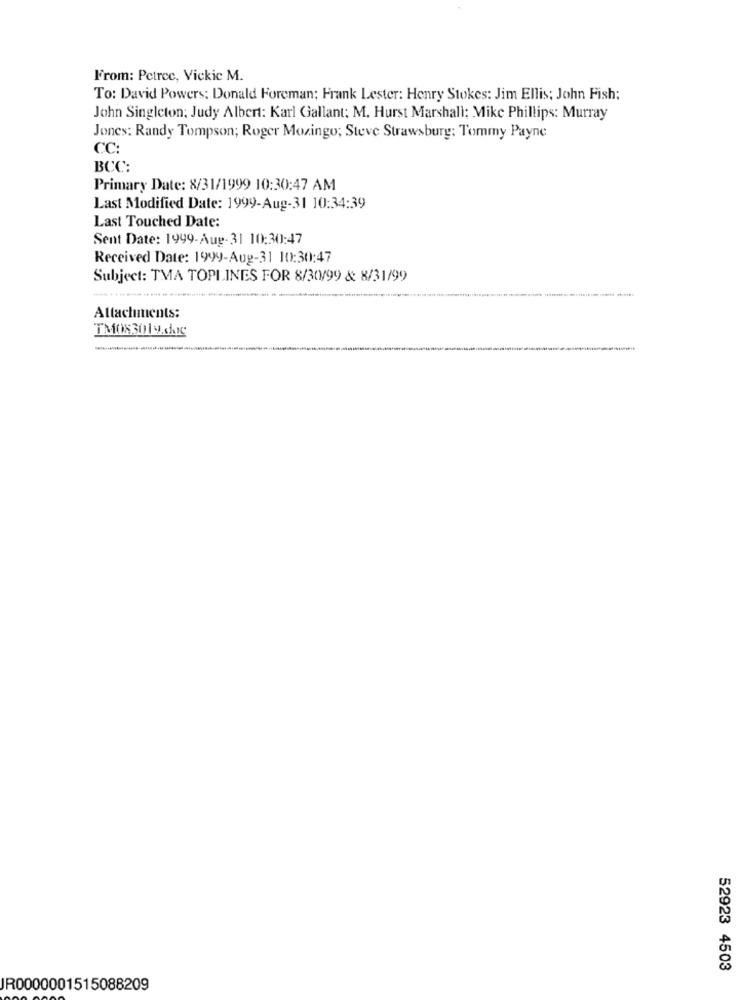
From: Petree, Vickic M.
To: David Powers: Donald Foreman; Frank Lester: Henry Stokes: Jim Ellis; John Fish;
John Singleton: Judy Albert: Karl Gallant: M. Hurst Marshall: Mike Phillips: Murray
Jones: Randy Tompson; Roger Mozingo; Steve Strawsburg: Tommy Payne
CC:
BCC:
Primary Date: 8/31/1999 10:30:47 AM
Last Modified Date: 1999-Aug-31 10:34:39
Last Touched Date:
Sent Date: 1999-Aug-31 10:30:47
Received Date: 1999-Aug-31 10:30:47
Subject: TMA TOPLINES FOR 8/30/99 & 8/31/99
Attachments:
52923 4503
IR0000001515088209